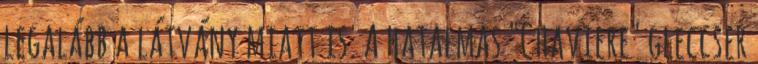
legalább a látvány miatt is. A hatalmas "Chaviere" gleccser